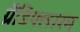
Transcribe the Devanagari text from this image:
ग्रैंडिफ्लारम